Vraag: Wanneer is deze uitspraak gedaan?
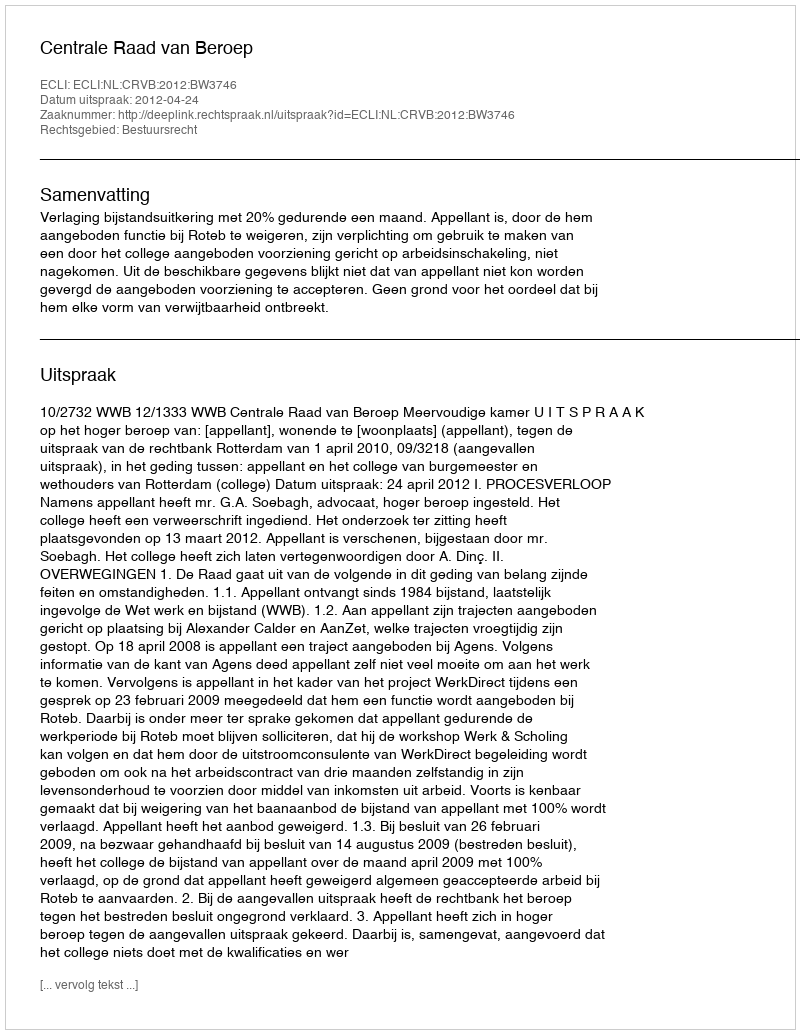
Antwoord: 2012-04-24